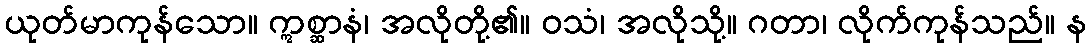
ယုတ်မာကုန်သော။ ဣစ္ဆာနံ၊ အလိုတို့၏။ ဝသံ၊ အလိုသို့။ ဂတာ၊ လိုက်ကုန်သည်။ န